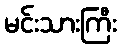
မင်းသားကြီး